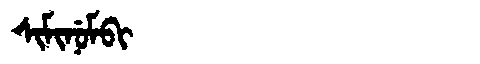
Manchu: ᠰᡳᠮᡳᠨᡠᠮᠪᡳ
Romanization: SIMINUMBI